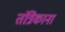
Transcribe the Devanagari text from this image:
तंत्रिकाना